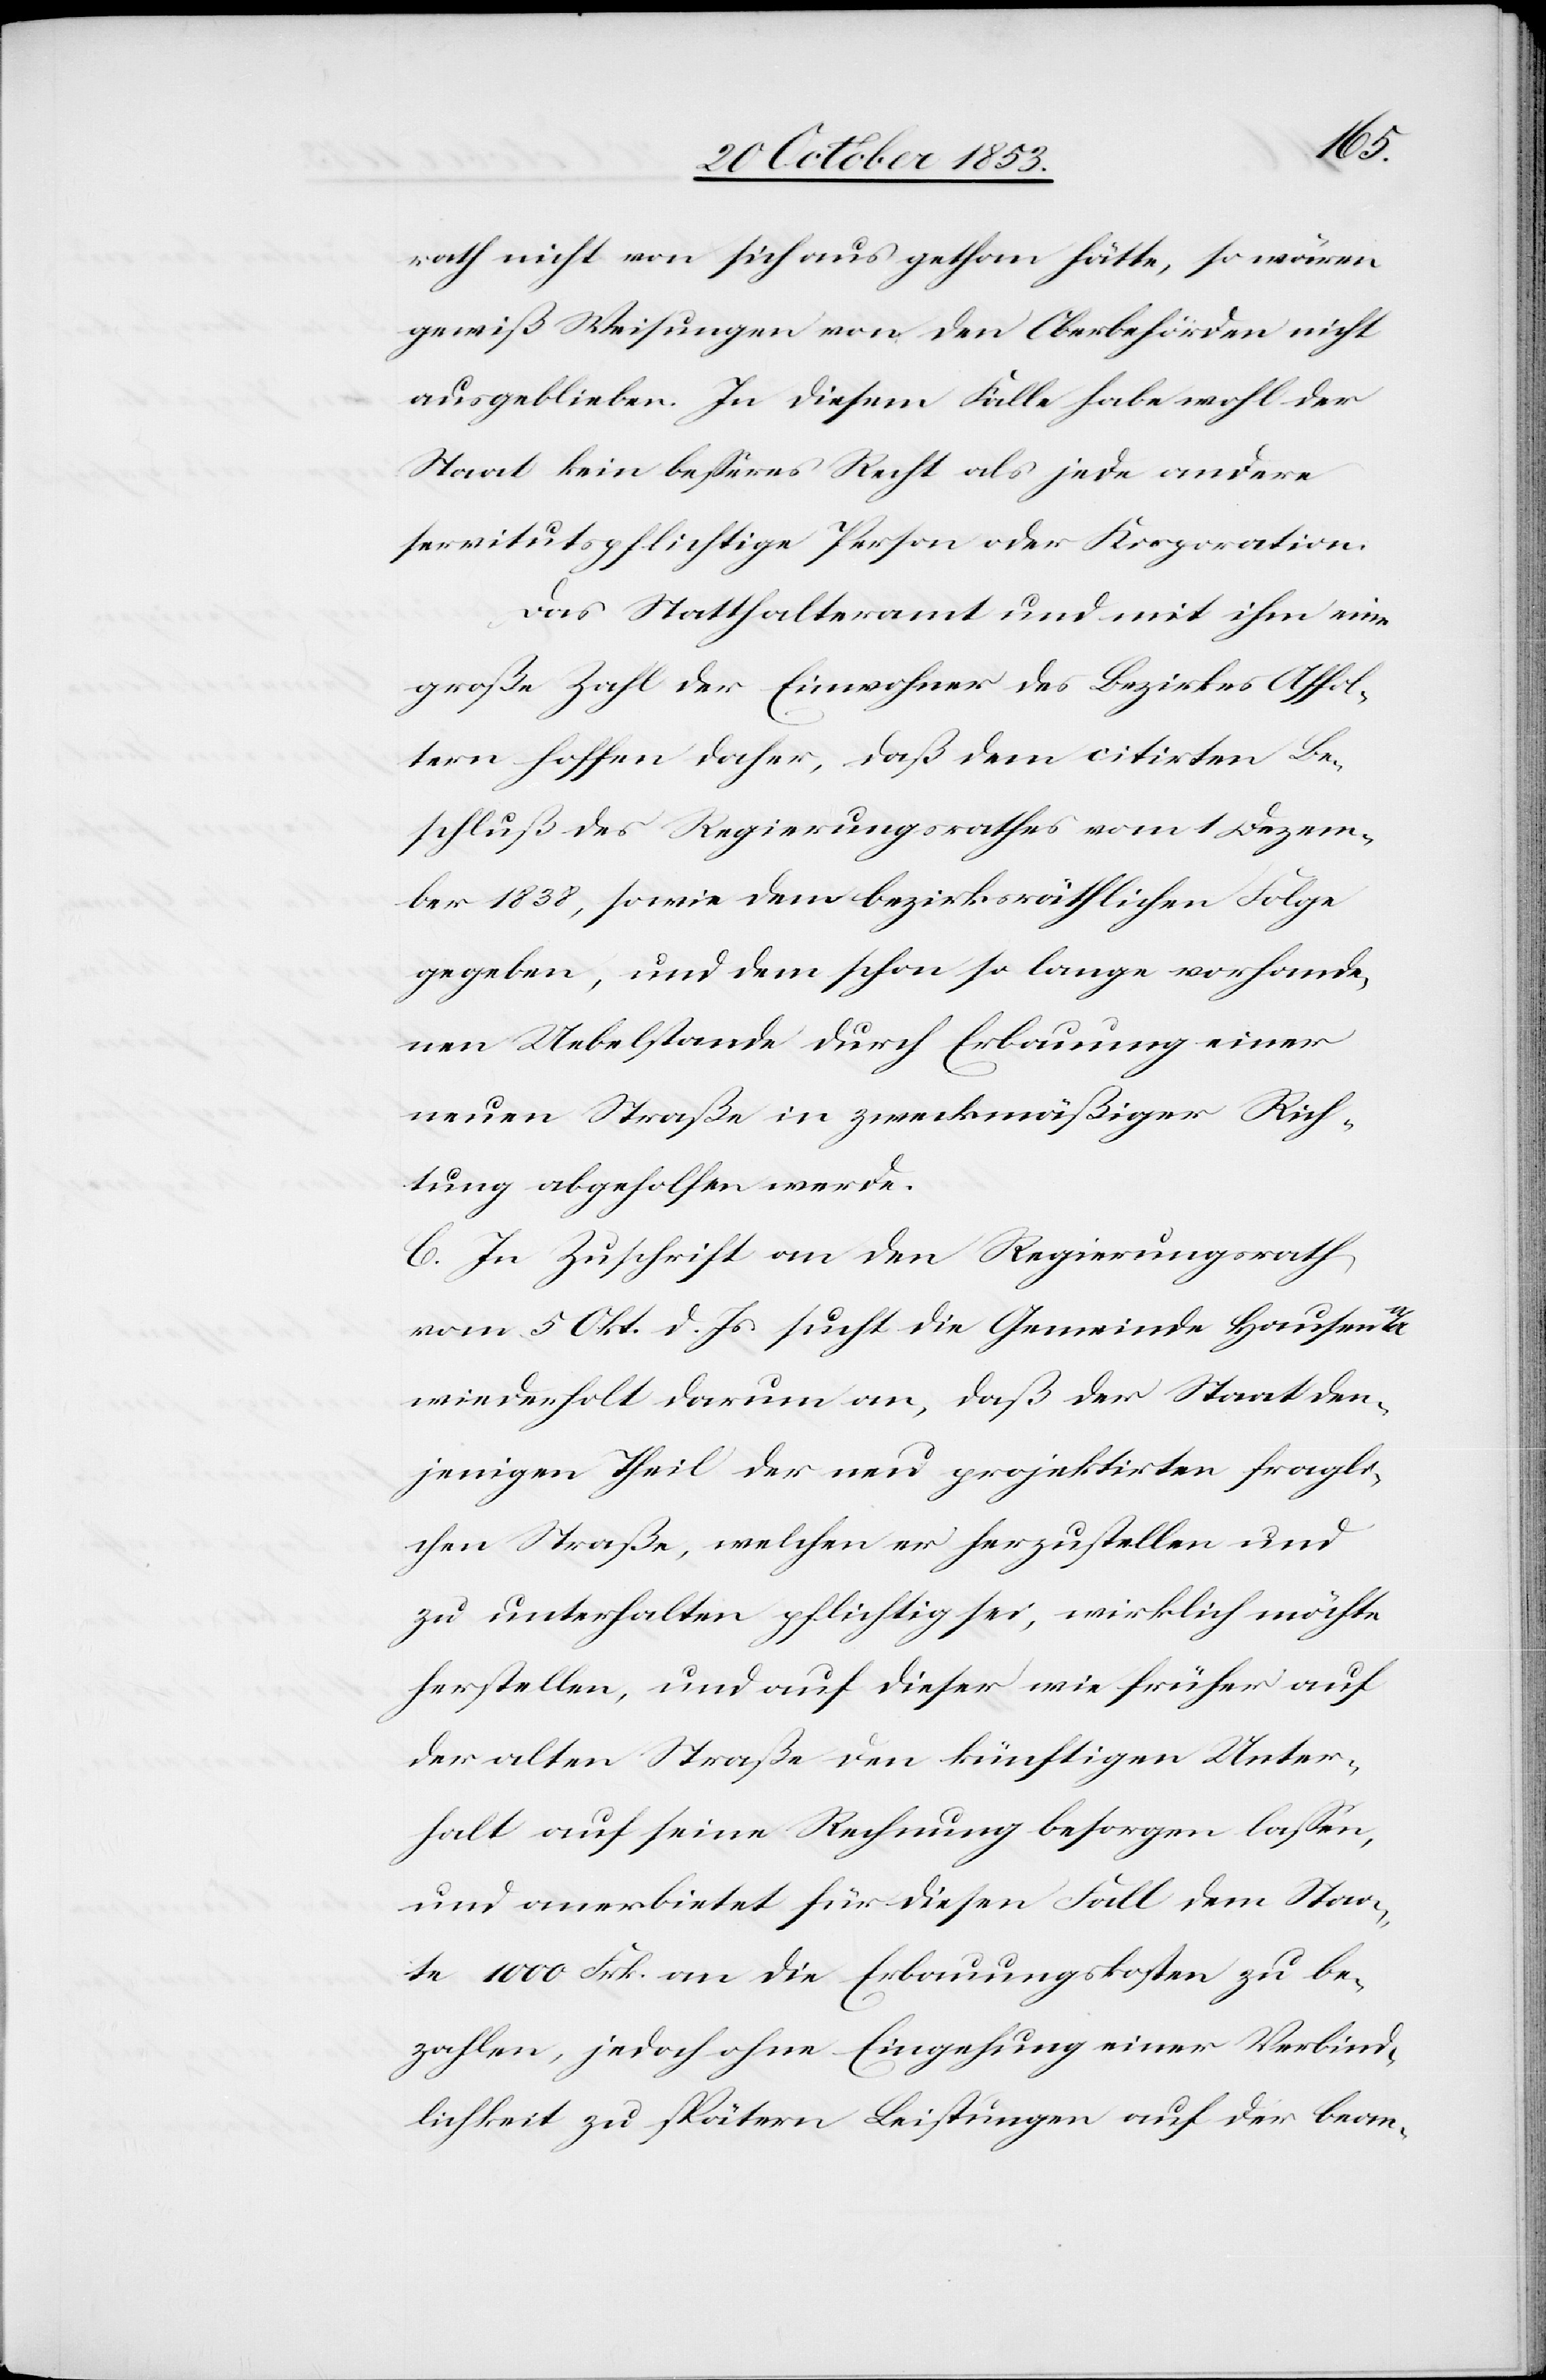
rath nicht von sich aus gethan hätte, so wären
gewiß Weisungen von den Oberbehörden nicht
ausgeblieben. In diesem Falle habe wohl der
Staat kein beßeres Recht als jede andere
servitutspflichtige Person oder Korporation.
Das Statthalteramt und mit ihm eine
große Zahl der Einwohner des Bezirkes Affol¬
tern hoffen daher, daß dem citirten Be¬
schluß des Regierungsrathes vom 1 Dezem¬
ber 1838, sowie dem bezirksräthlichen Folge
gegeben, und dem schon so lange vorhande¬
nen Uebelstande durch Erbauung einer
neuen Straße in zweckmäßiger Rich¬
tung abgeholfen werde.
C. In Zuschrift an den Regierungsrath,
vom 5 Okt. d. Js. sucht die Gemeinde Hausen
wiederholt darum an, daß der Staat den¬
jenigen Theil der neu projektirten fragli¬
chen Straße, welchen er herzustellen und
zu unterhalten pflichtig sei, wirklich möchte
herstellen, und auf dieser wie früher auf
der alten Straße den künftigen Unter¬
halt auf seine Rechnung besorgen laßen
und anerbietet für diesen Fall dem Staa¬
te 1000 Frk. an die Erbauungskosten zu be¬
zahlen, jedoch ohne Eingehung einer Verbind¬
lichkeit zu spätern Leistungen auf der bean-